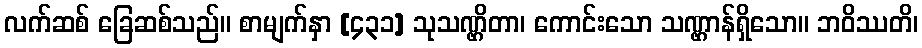
လက်ဆစ် ခြေဆစ်သည်။ စာမျက်နှာ [၄၃၁] သုသဏ္ဌိတာ၊ ကောင်းသော သဏ္ဌာန်ရှိသော။ ဘဝိဿတိ၊